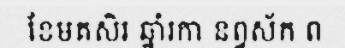
ខែមគសិរ ឆ្នាំរកា នព្វស័ក ព